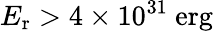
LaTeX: E_{\mathrm{r}}>4\times 10^{31}\ \mathrm{erg}